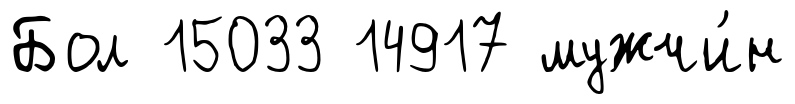
Бол 15033 14917 мужчи́н